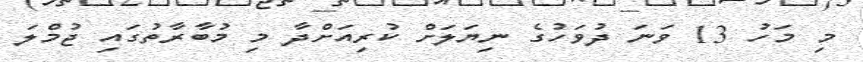
މި މަހު 13 ވަނަ ދުވަހުގެ ނިޔަލަށް ކުރިއަށްދާ މި މުބާރާތުގައި ޖުމްލަ